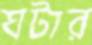
ঘটার